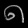
Digit: ၈